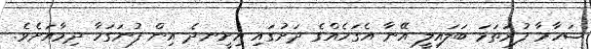
ޝަހާމާ ފުރަތަމަ ބަލައިލީ އޭނާ އެގަހެއްގެ ދަށުގައި އިށީނދެ އިން ފުނަގަހާ ދިމާއަށެވެ.